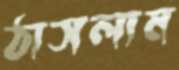
ঠাসলাম